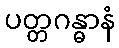
ပတ္တဂန္ဓာနံ